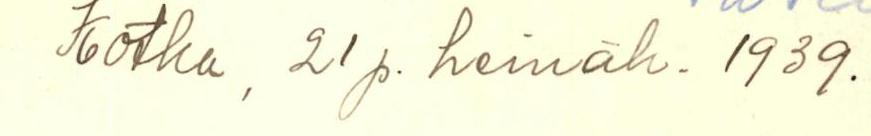
Kotka, 21 p. heinäk. 1939.